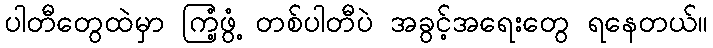
ပါတီတွေထဲမှာ ကြံ့ဖွံ့ တစ်ပါတီပဲ အခွင့်အရေးတွေ ရနေတယ်။